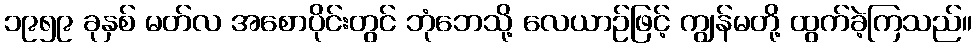
၁၉၅၉ ခုနှစ် မတ်လ အစောပိုင်းတွင် ဘုံဘေသို့ လေယာဉ်ဖြင့် ကျွန်မတို့ ထွက်ခဲ့ကြသည်။